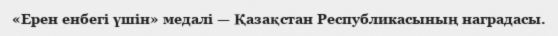
«Ерен енбегі үшін» медалі — Қазақстан Республикасының наградасы.